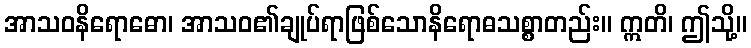
အာသဝနိရောဓော၊ အာသဝ၏ချုပ်ရာဖြစ်သောနိရောဓသစ္စာတည်း။ ဣတိ၊ ဤသို့။